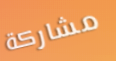
مشاركة